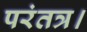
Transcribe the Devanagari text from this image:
परंतत्र।